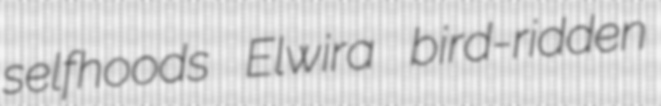
selfhoods Elwira bird-ridden